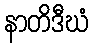
နာတိဒီဃံ